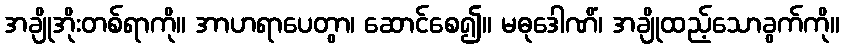
အချိုအိုးတစ်ရာကို။ အာဟရာပေတွာ၊ ဆောင်စေ၍။ မဓုဒေါဏိံ၊ အချိုထည့်သောခွက်ကို။